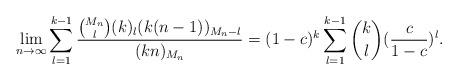
LaTeX: \begin{align*}\lim_{n\to\infty}\sum_{l=1}^{k-1}\frac{\binom {M_n}l(k)_l(k(n-1))_{M_n-l}}{(kn)_{M_n}}=(1-c)^k\sum_{l=1}^{k-1}\binom kl(\frac c{1-c})^l.\end{align*}